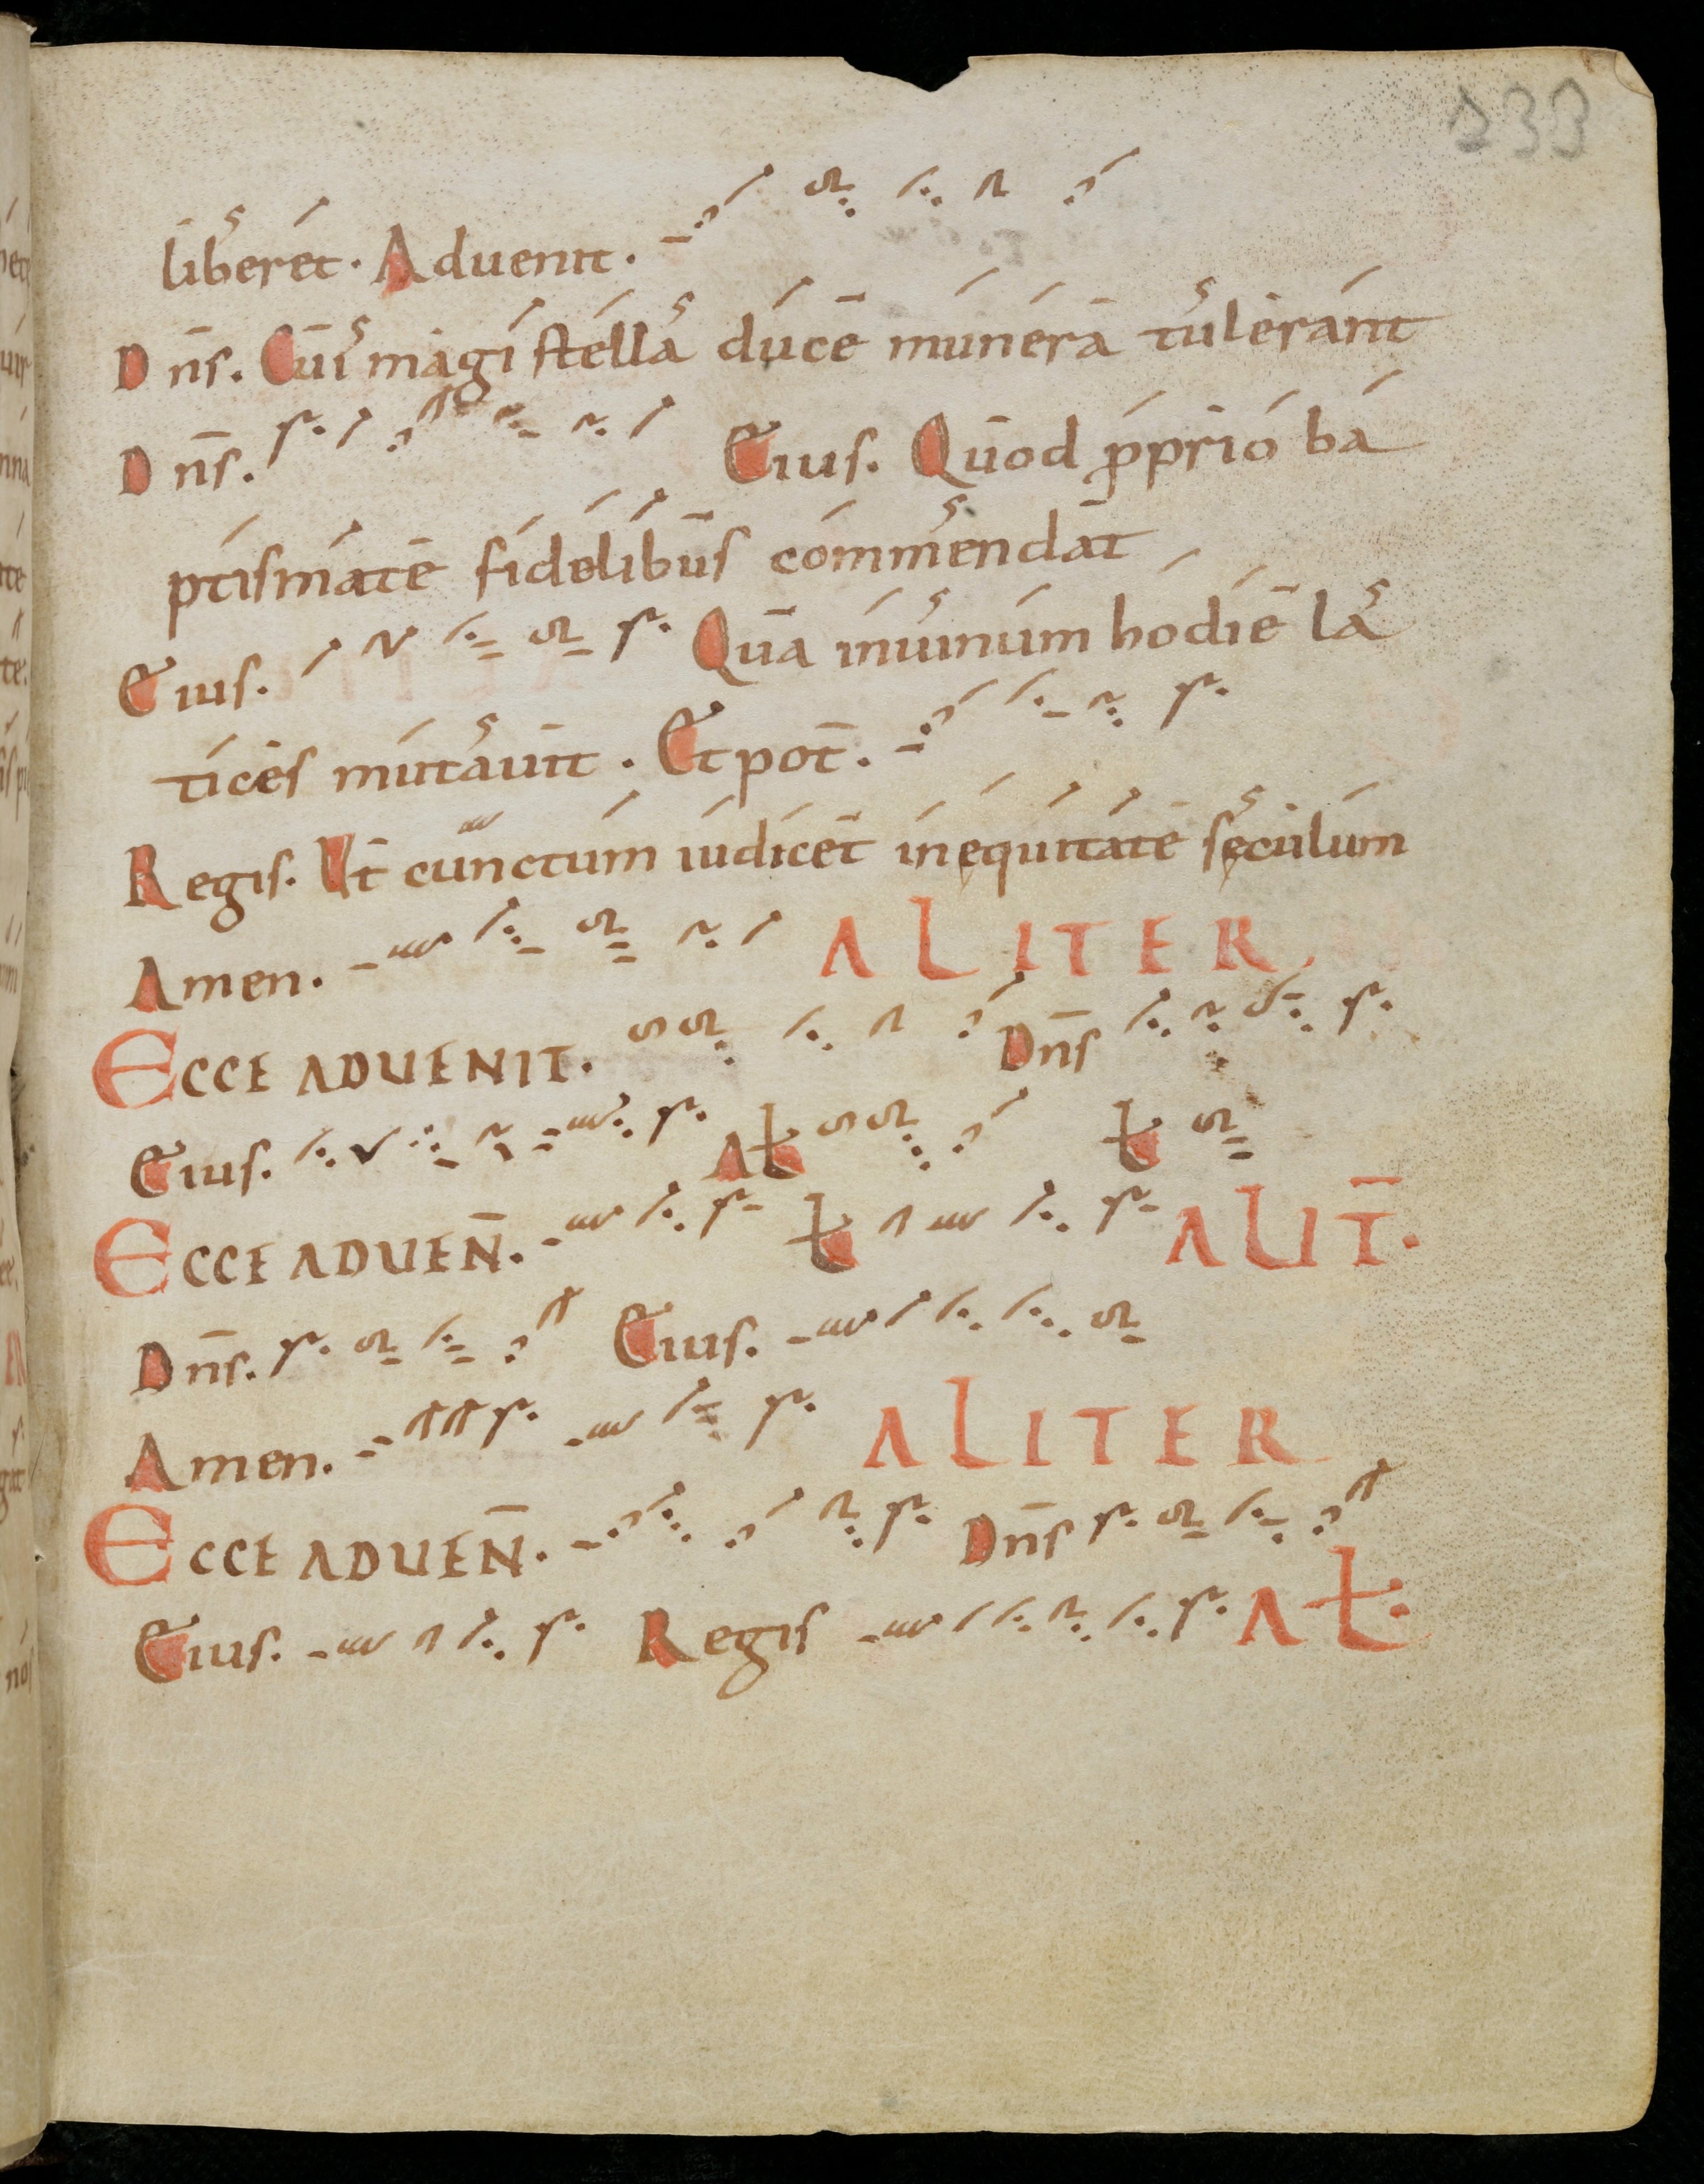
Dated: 1000–1099